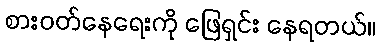
စားဝတ်နေရေးကို ဖြေရှင်း နေရတယ်။